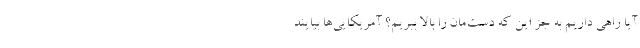
آیا راهی داریم به جز این که دست‌مان را بالا ببریم؟ آمریکایی‌ها بیایند